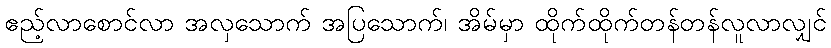
ဧည့်လာစောင်လာ အလှသောက် အပြသောက်၊ အိမ်မှာ ထိုက်ထိုက်တန်တန်လူလာလျှင်